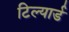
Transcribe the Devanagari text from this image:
टिल्यार्ड